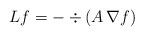
LaTeX: \begin{align*}L f=-\div(A\,\nabla f)\end{align*}